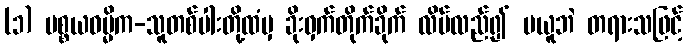
(၁) ပစ္စယဓမ္မိက-သူတစ်ပါးတို့ထံမှ ခိုးဝှက်တိုက်ခိုက် လိမ်လည်၍ မယူဘဲ တရားသဖြင့်